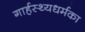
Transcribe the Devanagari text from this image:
गार्हस्थ्यधर्मका